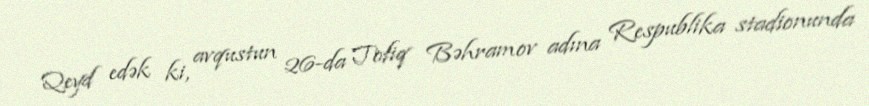
Qeyd edək ki, avqustun 26-da Tofiq Bəhramov adına Respublika stadionunda